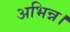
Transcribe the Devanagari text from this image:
अभिन्न।